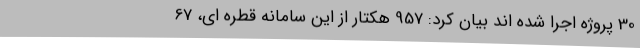
30 پروژه اجرا شده اند بیان کرد: 957 هکتار از این سامانه قطره ای، 67